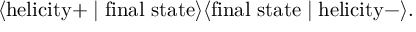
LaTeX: \langle \mathrm { h e l i c i t y } + \mid \mathrm { f i n a l \ s t a t e } \rangle \langle \mathrm { f i n a l \ s t a t e } \mid \mathrm { h e l i c i t y } - \rangle .